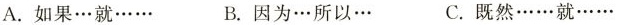
A. 如果…就…… B. 因为…所以… C. 既然……就……